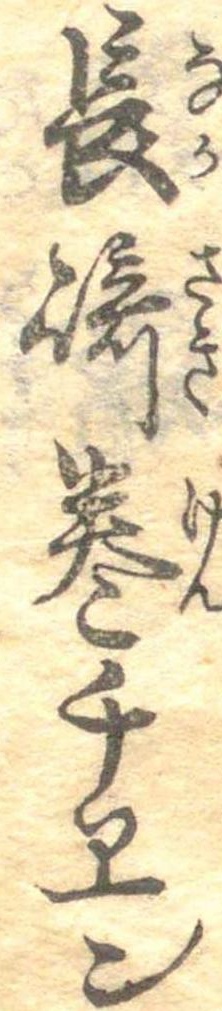
長崎巻チヱン